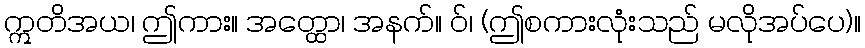
ဣတိအယ၊ ဤကား။ အတ္ထော၊ အနက်။ ဝ်၊ (ဤစကားလုံးသည် မလိုအပ်ပေ)။